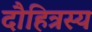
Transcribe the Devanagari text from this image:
दौहित्रस्य